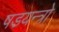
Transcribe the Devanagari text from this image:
षडयन्त्रो